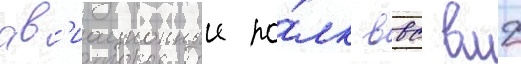
ав'иационныи по́лк ввс вмф